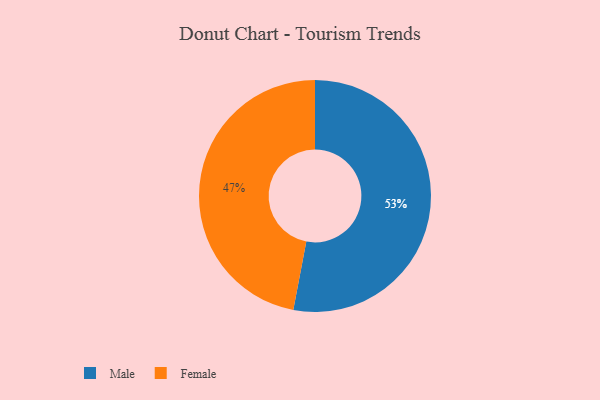
{"axis": {"x": "Category", "y": "Percentage"}, "legend": ["Female", "Male"], "data": [{"x": "Male", "y": 53, "type": "Male"}, {"x": "Female", "y": 47, "type": "Female"}]}